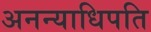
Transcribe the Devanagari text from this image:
अनन्याधिपति